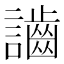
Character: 𪘙